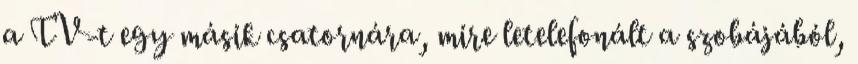
a TV-t egy másik csatornára, mire letelefonált a szobájából,